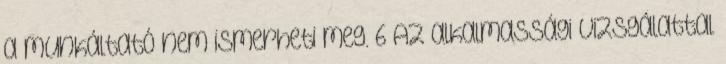
a munkáltató nem ismerheti meg. 6 Az alkalmassági vizsgálattal